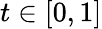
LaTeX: t\in\left[0,1\right]